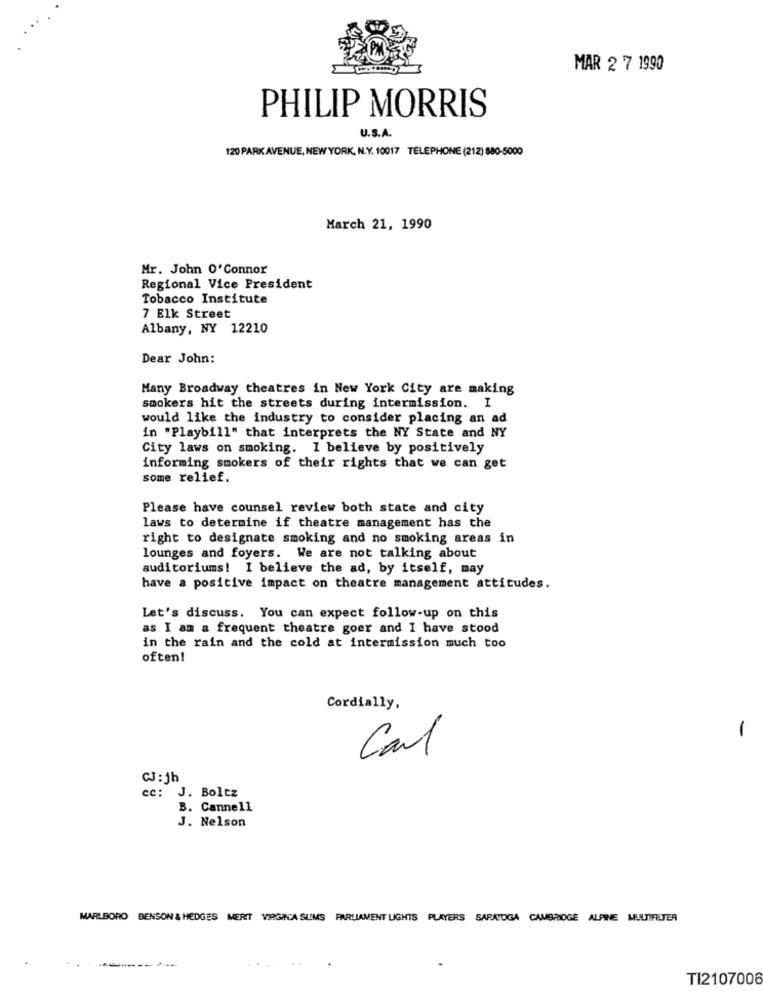
MAR 2 7 1990
PHILIP MORRIS
U.S.A.
120 PARK AVENUE, NEW YORK, N.Y. 10017 TELEPHONE (212) 680-5000
March 21, 1990
Mr. John O'Connor
Regional Vice President
Tobacco Institute
7 Elk Street
Albany, NY 12210
Dear John:
Many Broadway theatres in New York City are making
smokers hit the streets during intermission. I
would like the industry to consider placing an ad
in "Playbill" that interprets the NY State and NY
City laws on smoking. I believe by positively
informing smokers of their rights that we can get
some relief.
Please have counsel review both state and city
laws to determine if theatre management has the
right to designate smoking and no smoking areas in
lounges and foyers. We are not talking about
auditoriums! I believe the ad, by itself, may
have a positive impact on theatre management attitudes.
Let's discuss. You can expect follow-up on this
as I am a frequent theatre goer and I have stood
in the rain and the cold at intermission much too
often!
Cordially,
-
Cal
CJ:jh
cc: J. Boltz
B. Cannell
J. Nelson
MARLBORO BENSON & HEDGES MERT VIRGINIA SUMS PARLIAMENT LIGHTS PLAYERS SARATOGA CAMBRIDGE ALPINE MULTIFILTER
..
TI2107006